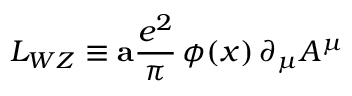
L _ { W Z } \equiv { \bf a } { \frac { e ^ { 2 } } { \pi } } \, \phi ( x ) \, \partial _ { \mu } A ^ { \mu }